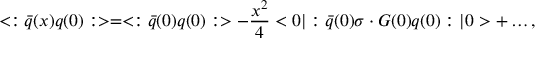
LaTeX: < : \bar { q } ( x ) q ( 0 ) : > = < : \bar { q } ( 0 ) q ( 0 ) : > - \frac { x ^ { 2 } } { 4 } < 0 | : \bar { q } ( 0 ) \sigma \cdot G ( 0 ) q ( 0 ) : | 0 > + \dots ,